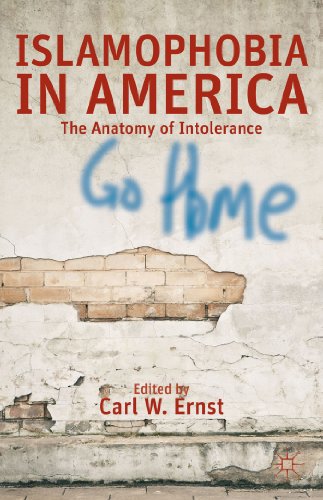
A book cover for Islamophobia in America: The Anatomy of Intolerance; Religion & Spirituality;